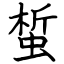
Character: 蜤